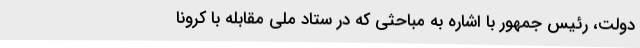
دولت، رئیس جمهور با اشاره به مباحثی که در ستاد ملی مقابله با کرونا